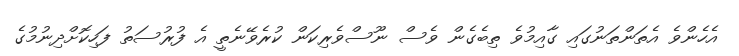
އެހެންވެ އެތަންތަނުގައި ގާއިމުވެ ތިބެެގެން ވެސް ނޫސްވެރިކަން ކުރެވޭނެތީ އެ ފުރުސަތު ފަހިކޮށްދިނުމުގެ